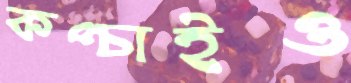
কপ্‌চাইও